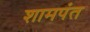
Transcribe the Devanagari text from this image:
शामपंत